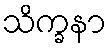
သိက္ခနာ